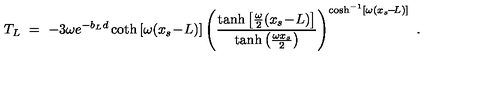
T _ { L } \ = \ - 3 \omega e ^ { - b _ { L } d } \coth \left[ \omega ( x _ { s } \! - \! L ) \right] \left( \frac { \tanh \left[ \frac { \omega } { 2 } ( x _ { s } \! - \! L ) \right] } { \tanh \left( \frac { \omega x _ { s } } { 2 } \right) } \right) ^ { \cosh ^ { - 1 } \left[ \omega ( x _ { s } \! - \! L ) \right] } \ .